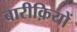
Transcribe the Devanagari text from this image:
बारीक़ियों